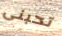
تحبنى